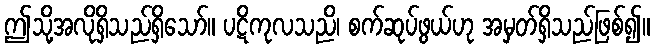
ဤသို့အလိုရှိသည်ရှိသော်။ ပဋိကုလသညိ၊ စက်ဆုပ်ဖွယ်ဟု အမှတ်ရှိသည်ဖြစ်၍။